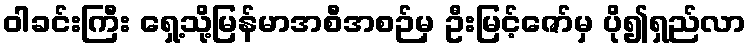
ဝါခင်းကြီး ရှေ့သို့မြန်မာအစီအစဉ်မှ ဦးမြင့်ဇော်မှ ပို၍ရှည်လာ